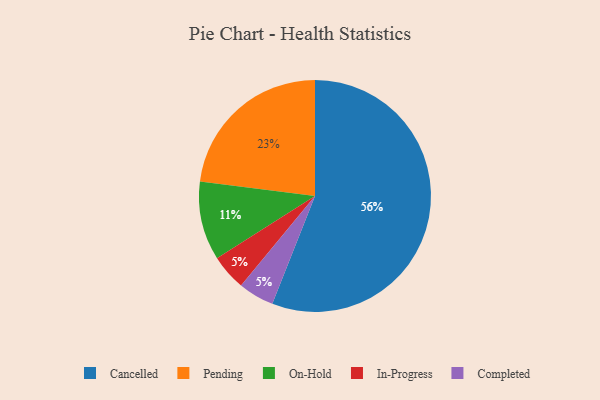
{"axis": {"x": "Category", "y": "Percentage"}, "legend": ["Cancelled", "Completed", "In-Progress", "On-Hold", "Pending"], "data": [{"x": "In-Progress", "y": 5, "type": "In-Progress"}, {"x": "Cancelled", "y": 56, "type": "Cancelled"}, {"x": "Completed", "y": 5, "type": "Completed"}, {"x": "On-Hold", "y": 11, "type": "On-Hold"}, {"x": "Pending", "y": 23, "type": "Pending"}]}